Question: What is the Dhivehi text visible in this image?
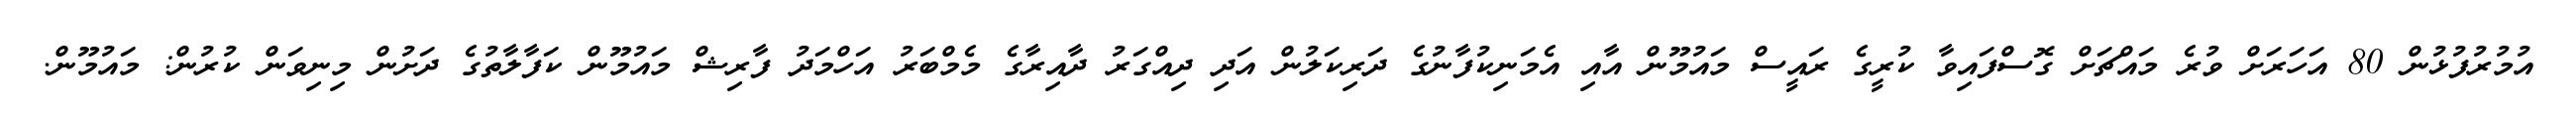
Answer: އުމުރުފުޅުން 80 އަހަރަށް ވުރެ މައްޗަށް ގޮސްފައިވާ ކުރީގެ ރައީސް މައުމޫން އާއި އެމަނިކުފާނުގެ ދަރިކަލުން އަދި ދިއްގަރު ދާއިރާގެ މެމްބަރު އަހްމަދު ފާރިޝް މައުމޫން ކަފާލާތުގެ ދަށުން މިނިވަން ކުރުން: މައުމޫން.